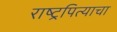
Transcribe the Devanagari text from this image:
राष्ट्रपित्याचा